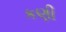
કણી